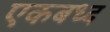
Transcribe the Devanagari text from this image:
एकबध्द